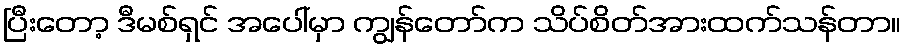
ပြီးတော့ ဒီမစ်ရှင် အပေါ်မှာ ကျွန်တော်က သိပ်စိတ်အားထက်သန်တာ။